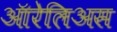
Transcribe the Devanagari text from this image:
ऑरेलिअस